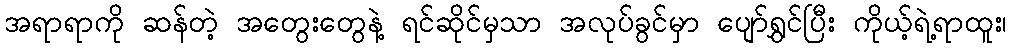
အရာရာကို ဆန်တဲ့ အတွေးတွေနဲ့ ရင်ဆိုင်မှသာ အလုပ်ခွင်မှာ ပျော်ရွှင်ပြီး ကိုယ့်ရဲ့ရာထူး၊